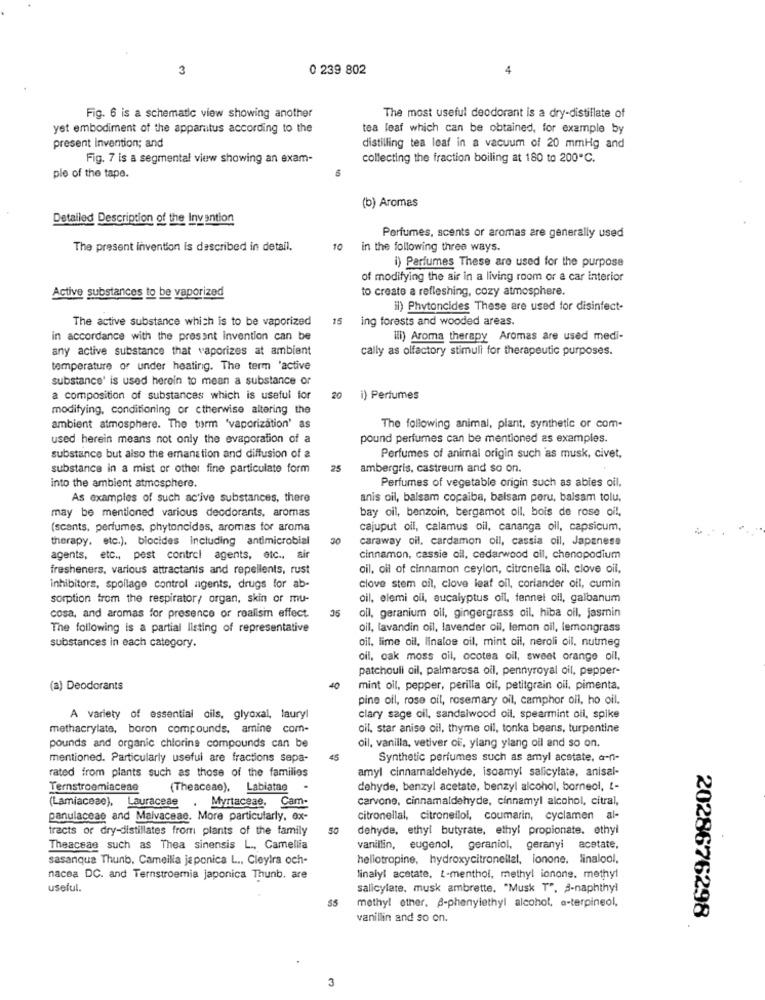
3
0 239 802
4
Fig. 6 is a schematic view showing another
The most useful deodorant is a dry-distillate of
yet embodiment of the apparatus according to the
tea leaf which can be obtained, for example by
present invention; and
distilling tea leaf in a vacuum of 20 mmHg and
Fig. 7 is a segmental view showing an exam-
collecting the fraction boiling at 180 to 200℃.
ple of the tape.
(b) Aromas
Detailed Description of the Invention
Perfumes, scents or aromas are generally used
The present invention is described in detail.
10
in the following three ways.
) Parfumes These are used for the purpose
of modifying the air in a living room or a car interior
to create a refleshing, cozy atmosphere.
Active substances to be vaporized
il) Phytoncides These are used for disinfect-
The active substance which is to be vaporized
15 ing forests and wooded areas.
in accordance with the present invention can be
lil) Aroma therapy Aromas are used medi-
any active substance that vaporizes at ambient
cally as olfactory stimuli for therapeutic purposes.
temperature of under heating. The term 'active
substance' is used heroin to mean a substance or
a composition of substances which is useful for
20
i) Perfumes
modifying, conditioning or ctherwise altering the
ambient atmosphere. The turm 'vaporization' as
The following animal, plant, synthetic or com-
used herein means not only the evaporation of a
pound perfumes can be mentioned as examples.
substance but also the emanation and diffusion of a
Perfumes of animal origin such as musk, civet,
substance in a mist or other fine particulate form
25
ambergris, castreum and so on.
Perfumes of vegetable origin such as abies oil.
into the ambient atmosphere.
As examples of such active substances, there
anis oil, balsam copaiba, balsam poru, balsam tolu,
bay oil, benzoin, bergamot oil, bois de rose oil,
may be mentioned various deodorants, aromas
(scants, perfumes, phytoncides, aromas for aroma
cajuput oil, calamus oil, cananga oil, capsicum,
therapy, etc.). biocides including antimicrobial
30
caraway oil, cardamon oil, cassia oil, Japanese
agents, etc ., pest control agents, etc ., air
cinnamon, cassie oil, cedarwood oil, chenopodium
fresheners, various attractanis and repellents, rust
oil, oil of cinnamon ceylon, citronella oil, clove oil,
inhibitors, spollage control agents, drugs for ab-
clove stem oil, clove leaf oil, coriander oil, cumin
sorption from the respirator, organ, skin or mu-
oil, elemi oli, eucalyptus oil, fennel oil, galbanum
35
cosa, and aromas for presence or realisin effect.
oll, geranium oll, gingergrass oil, hiba oil, jasmin
The following is a partial listing of representative
oil, lavandin oil, lavender oil, lemon oil, lemongrass
oil, lime oil, linaloe oil, mint oil, neroli oil, nutmeg
substances in each category.
oil, oak moss oil, ocotea oil, sweet orange oil,
patchouli oil, palmarosa oil, pennyroyal oil, pepper-
(a) Deodorants
40
mint oil, pepper, perilla oil, petitgrain oil, pimenta.
pine oil, rose oil, rosemary oil, camphor oil, ho oil.
A variety of essential oils, glyoxal, lauryl
clary sage oil, sandalwood oil, spearmint oil, spike
methacrylate, boron compounds, amine com-
oil, star anise oil, thyme oll, tonka beans, turpentine
pounds and organic chlorine compounds can be
oil, vanilla, vetiver of, ylang ylang oil and so on.
mentioned. Particularly useful are fractions sepa-
Synthetic perfumes such as amyl acetate, a-n-
rated from plants such as those of the families
amyl cinnamaldehyde, isoamyl salicylate, anisal-
Ternstroemiaceae
(Theaceae),
Labiatae
dehyde, benzyl acetate, benzyl alcohol, borneol, I-
(Lamiaceae), Lauraceae , Myrtaceae, Cam-
carvone, cinnamaldehyde, cinnamyl alcohol, citral,
panulaceae and Malvaceae. More particularly, ox-
citronellal, citronellol, coumarin, cyclamen al-
tracts or dry-distillates from plants of the family
50
dehyde, ethyl butyrate, ethyl propionate. ethyl
Theaceas such as Thea sinensis L ., Camellia
vanillin, eugenol, geraniol, geranyi acetate,
sasanqua Thunb, Camellia japonica L ., Cleyira och-
hellotropine, hydroxycitronellal, lonone. linalool,
nacea DC. and Ternstroemia japonica Thunb. are
linalyl acetate, z-menthol, methyl ionone, methyl
useful.
salicylate, musk ambrette. "Musk T", a-naphthyl
methyl other. B-phenylethyl alcohol, a-terpineol,
2028676298
vanillin and so on.
3